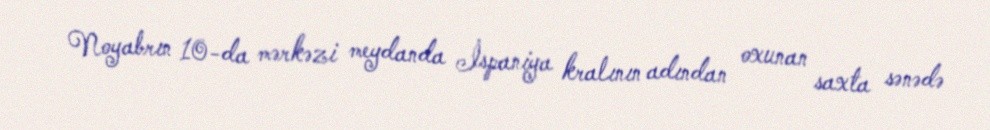
Noyabrın 10-da mərkəzi meydanda İspaniya kralının adından oxunan saxta sənədə